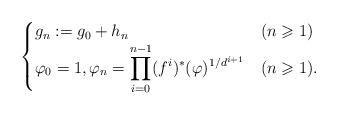
LaTeX: \begin{align*}\begin{cases}g_n := g_0 + h_n & (n \geqslant 1)\\{\displaystyle \varphi_0 = 1, \varphi_n = \prod_{i=0}^{n-1} (f^i)^*(\varphi)^{1/d^{i+1}}} & (n \geqslant 1).\end{cases}\end{align*}